Civil Veterinary Department Bengal reports 1923-33 - 1923-1933
Year: 1923
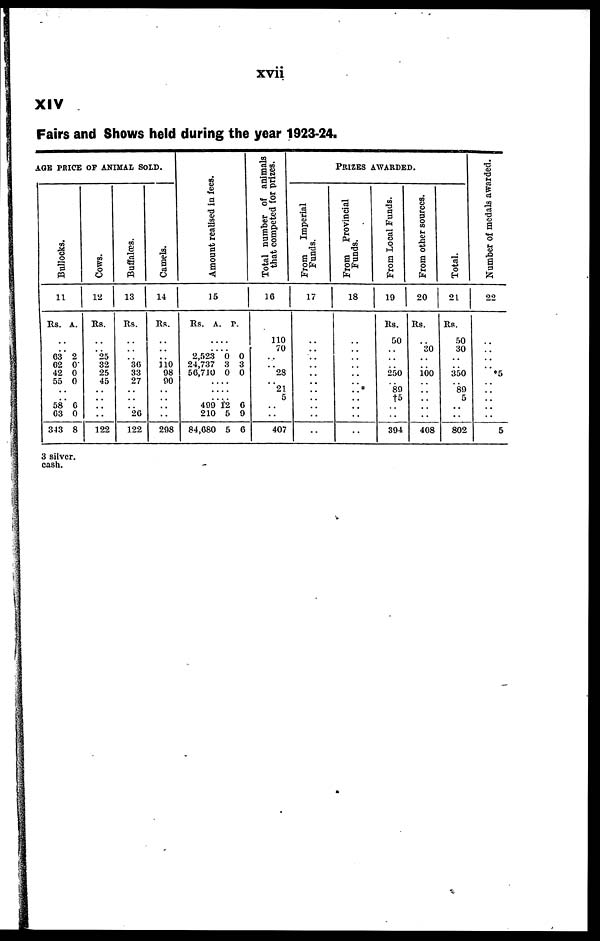
xvii
XIV
Fairs and Shows held during the year 1923-24.
AGE PR
ICE OF ANIMAL SOLD.
Bullocks.
11
Rs.
..
.. 63
62
42
55
..
..
58
03
343
A.
2
0
0
0
6
0
8
Cows.
12
Rs.
..
.. 25
32
25
45
..
..
..
..
122
Buffalœs.
13
Rs.
..
.. ..
36
33
27
..
..
..
20
122
Camels.
14
Rs.
..
.. ..
110 08
90
..
..
..
..
208
Amount realised in fees.
15
Rs. A. P.
....
.... 2,523
24,737
56,710
....
....
.... 499
210
84,080
0
3
0
12
5
5
0
3
0
6
9
6
Total number of animals
that competed for prizes.
10
110
70
..
..
23
..
21
5
..
..
407
From
Imperial
Funds.
17
..
.. ..
..
..
..
..
..
..
..
..
PRIZES AWARDED.
From Provincial
Funds.
18
..
.. ..
..
..
..
..
..
..
..
..
From Local Funds.
10
Rs.
50
.. ..
..
250
..
80
†5
..
..
304
From other sources.
20
Rs.
..
30
..
..
100
..
..
..
..
..
408
Total.
21
Rs.
50
30
..
..
350
.. 80
5
..
..
802
Number of medals awarded.
22
..
.. ..
*5
..
..
..
..
..
5
3 silver.
cash.